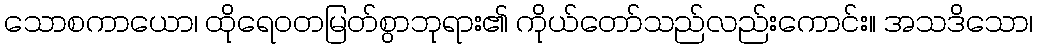
သောစကာယော၊ ထိုရေဝတမြတ်စွာဘုရား၏ ကိုယ်တော်သည်လည်းကောင်း။ အသဒိသော၊